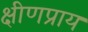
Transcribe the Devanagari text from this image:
क्षीणप्राय